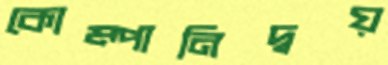
কোম্পানিদ্বয়